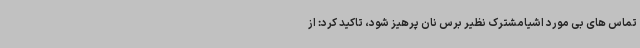
تماس های بی مورد اشیامشترک نظیر برس نان پرهیز شود، تاکید کرد: از